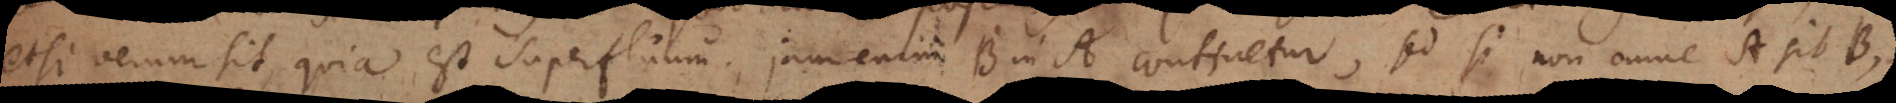
etsi verum sit, quia est superfluum, jam enim B in A continetur, sed si non omne A sit B,